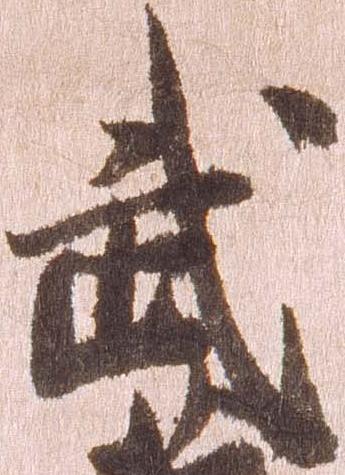
武